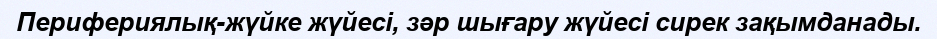
Перифериялық-жүйке жүйесі, зәр шығару жүйесі сирек зақымданады.